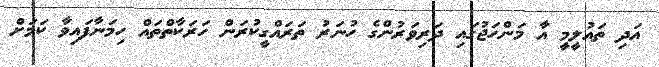
އަދި ތައުލީމީ އާ މަންހަޖުގައި ދަރިވަރުންގެ ހުނަރު ތަރައްގީކުރަން ހަރަކާތްތައް ހިމަނާފައިވާ ކަމަށް